DOW-UAP-D48, Department of the Air Force Report, 1996
Agency: Department of War
Incident date: 9/10/96
Page 65
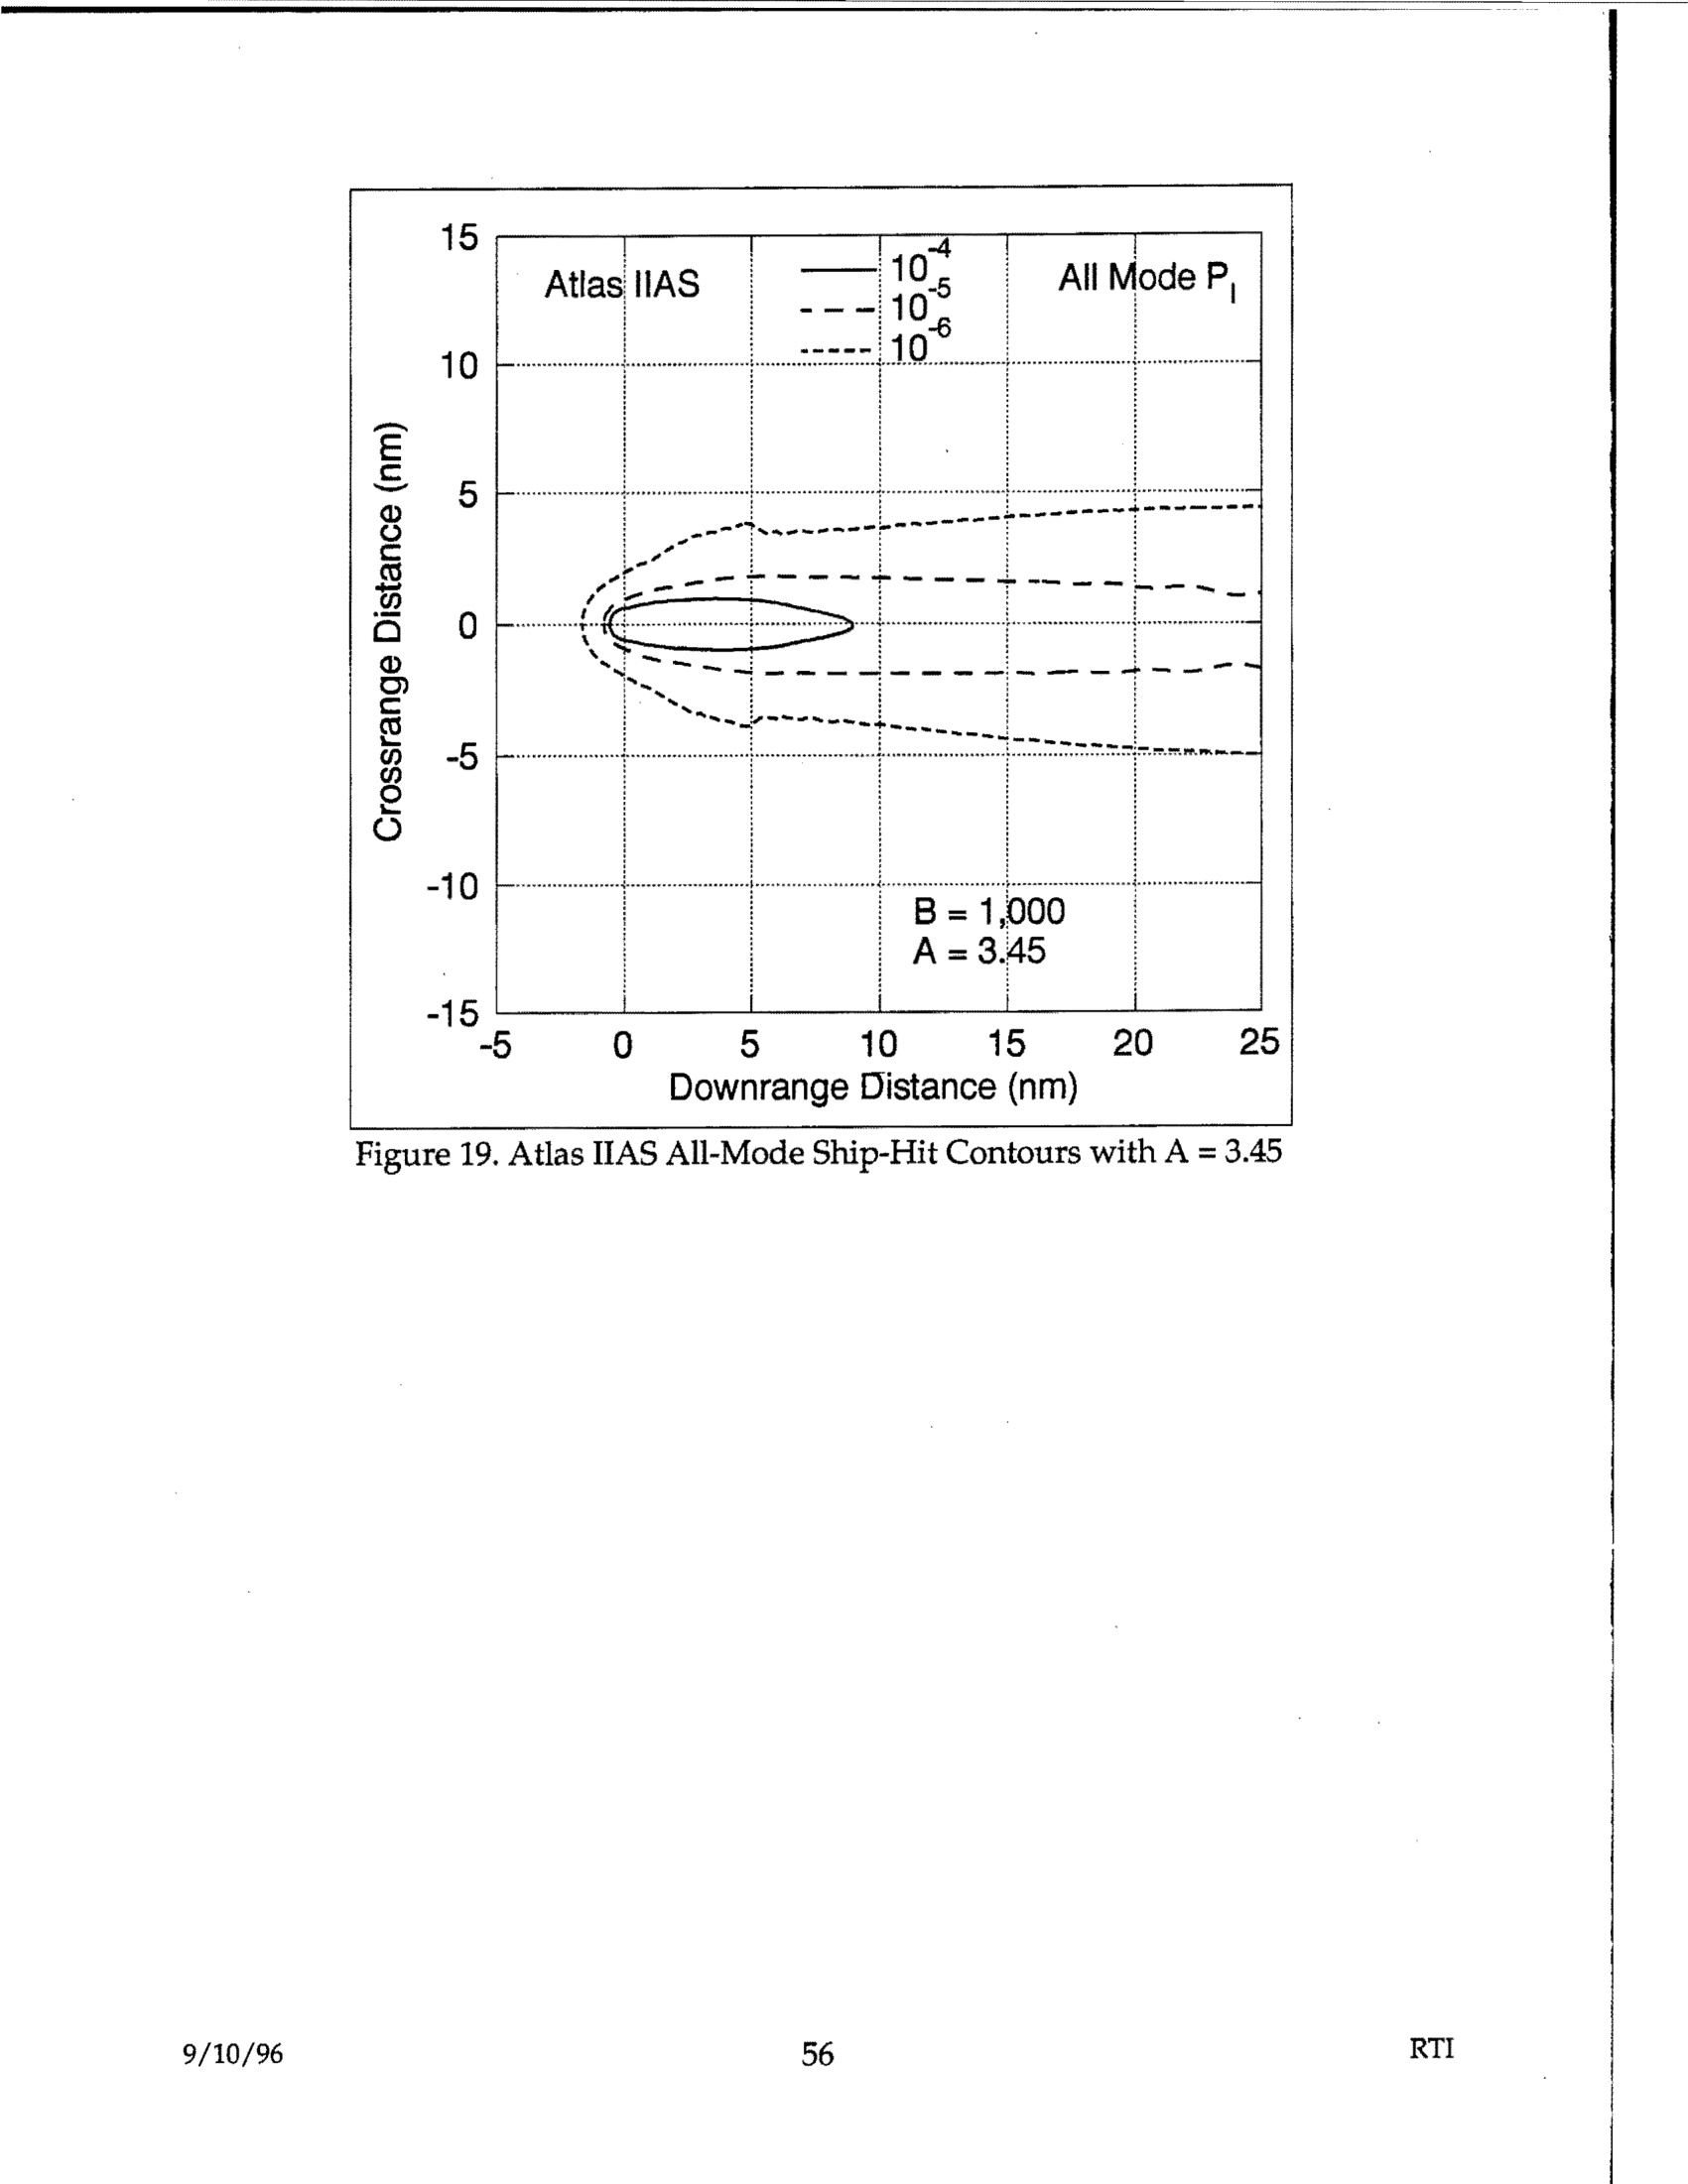